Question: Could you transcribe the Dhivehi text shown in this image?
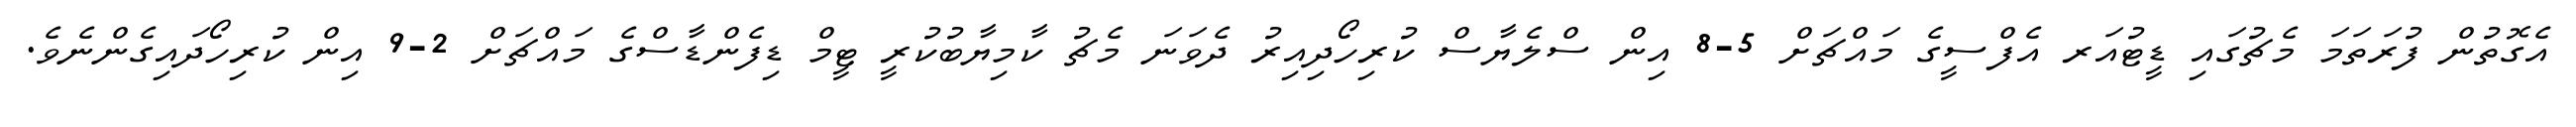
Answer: އެގޮތުން ފުރަތަމަ މެޗުގައި ޑީޓުއަރ އެފްސީގެ މައްޗަށް 5-8 އިން ސްލެޔާސް ކުރިހޯދިއިރު ދެވަނަ މެޗު ކާމިޔާބުކުރީ ޓީމް ޑިފެންޑާސްގެ މައްޗަށް 2-9 އިން ކުރިހޯދައިގެންނެވެ.